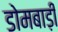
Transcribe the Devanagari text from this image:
डोमबाड़ी